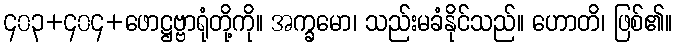
၄၀၃+၄၀၄+ဖောဋ္ဌဗ္ဗာရုံတို့ကို။ အက္ခမော၊ သည်းမခံနိုင်သည်။ ဟောတိ၊ ဖြစ်၏။